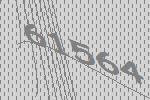
61564